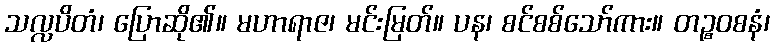
သလ္လပိတံ၊ ပြောဆို၏။ မဟာရာဇ၊ မင်းမြတ်။ ပန၊ စင်စစ်သော်ကား။ တဉ္စဝစနံ၊